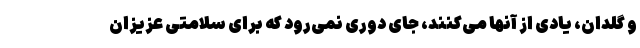
و گلدان، یادی از آنها می‌کنند، جای دوری نمی‌رود که برای سلامتی عزیزان